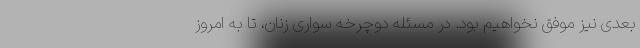
بعدی نیز موفق نخواهیم بود. در مسئله دوچرخه سواری زنان، تا به امروز